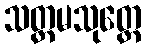
သတ္တမသုတ္တေ